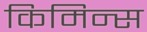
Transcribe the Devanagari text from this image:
किमिन्स